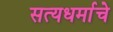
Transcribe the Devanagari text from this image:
सत्यधर्माचे